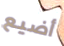
أضيع